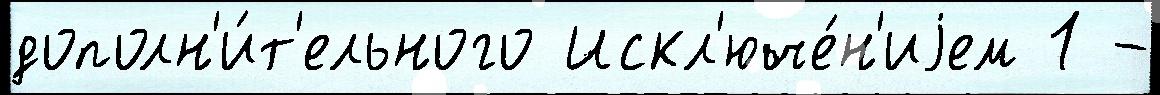
дополн'и́т'ельного Искл'юче́н'иjем 1 -